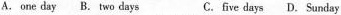
A. one day B. two days C. five days D. Sunday